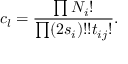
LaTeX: c _ { l } = \frac { \prod N _ { i } ! } { \prod ( 2 s _ { i } ) ! ! t _ { i j } ! } .